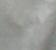
Signature authenticity: forged